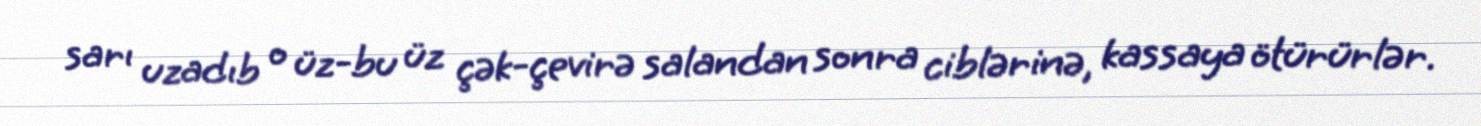
sarı uzadıb o üz-bu üz çək-çevirə salandan sonra ciblərinə, kassaya ötürürlər.